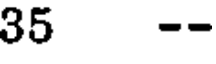
35 --